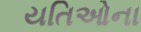
યતિઓના